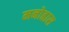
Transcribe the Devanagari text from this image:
मनोह्रास